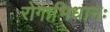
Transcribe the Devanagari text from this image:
रोगाभिधानः